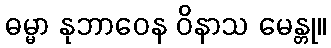
ဓမ္မာ နုဘာဝေန ဝိနာသ မေန္တု။